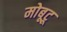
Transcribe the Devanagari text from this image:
मोबूटू